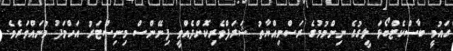
ގައުމީ ބާސްކެޓްބޯޅަ ލީގުގެ ނިންމުމުގެ ރަސްމިއްޔާތު ޝަރަފްވެރިކޮށްދެއްވީ ފިނޭންސް މިނިސްޓަރު އަހްމަދު މުނައްވަރެވެ.